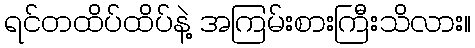
ရင်တထိပ်ထိပ်နဲ့ အကြမ်းစားကြီးသိလား။